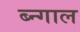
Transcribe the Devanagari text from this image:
ब्न्गाल